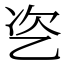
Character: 乲